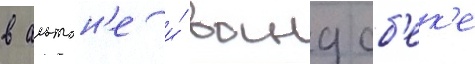
в альтон'е и́ вандсб'ек'е